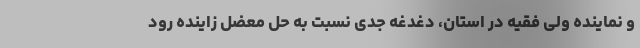
و نماینده ولی فقیه در استان، دغدغه جدی نسبت به حل معضل زاینده رود